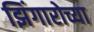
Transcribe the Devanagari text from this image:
झिंगारोच्या